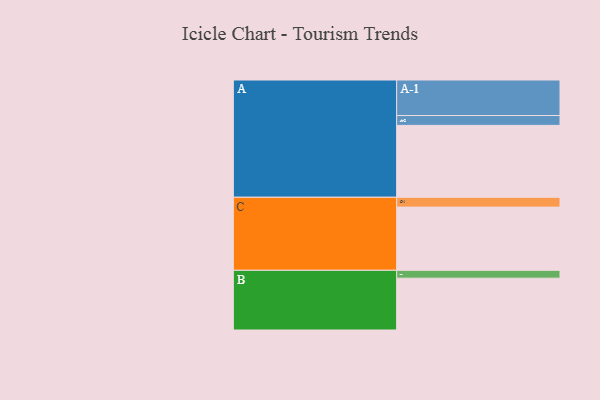
{"axis": {"x": "Segment", "y": "Value"}, "legend": ["", "A", "B", "C"], "data": [{"x": "A", "y": 577, "type": ""}, {"x": "B", "y": 416, "type": ""}, {"x": "C", "y": 507, "type": ""}, {"x": "A-1", "y": 285, "type": "A"}, {"x": "A-2", "y": 79, "type": "A"}, {"x": "B-1", "y": 63, "type": "B"}, {"x": "C-1", "y": 79, "type": "C"}]}